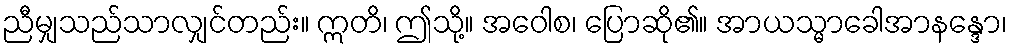
ညီမျှသည်သာလျှင်တည်း။ ဣတိ၊ ဤသို့။ အဝေါစ၊ ပြောဆို၏။ အာယသ္မာခေါအာနန္ဒော၊